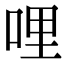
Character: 哩